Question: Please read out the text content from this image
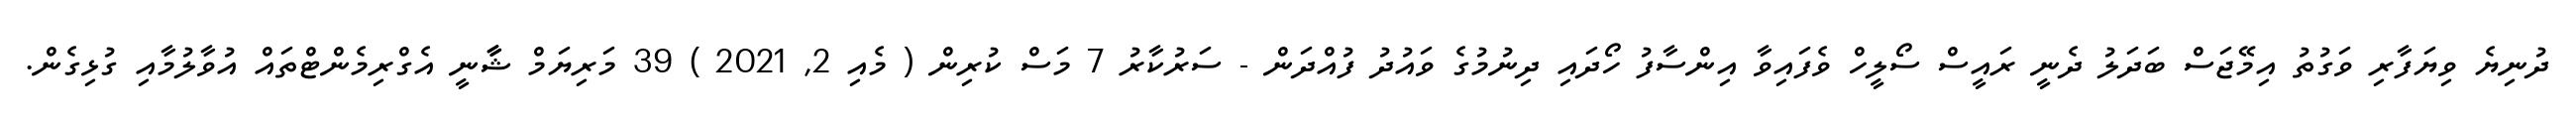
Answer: ދުނިޔެ ވިޔަފާރި ވަގުތު އިމޭޖަސް ބަދަލު ދެނީ ރައީސް ސޯލީހް ވެފައިވާ އިންސާފު ހޯދައި ދިނުމުގެ ވައުދު ފުއްދަން - ސަރުކާރު 7 މަސް ކުރިން ( މެއި 2, 2021 ) 39 މަރިޔަމް ޝާާނީ އެގްރިމެންޓްތައް އުވާލުމާއި ގުޅިގެން.